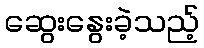
ဆွေးနွေးခဲ့သည့်